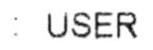
: USER